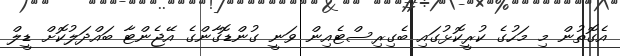
އެގޮތުން މި މަހުގެ ކުރީކޮޅުގައި ބެގިރިސްޓެއިން ވަނީ ގުންޑޮގާންގެ އޭޖެންޓާ ބައްދަލުކޮށް ޑީލް